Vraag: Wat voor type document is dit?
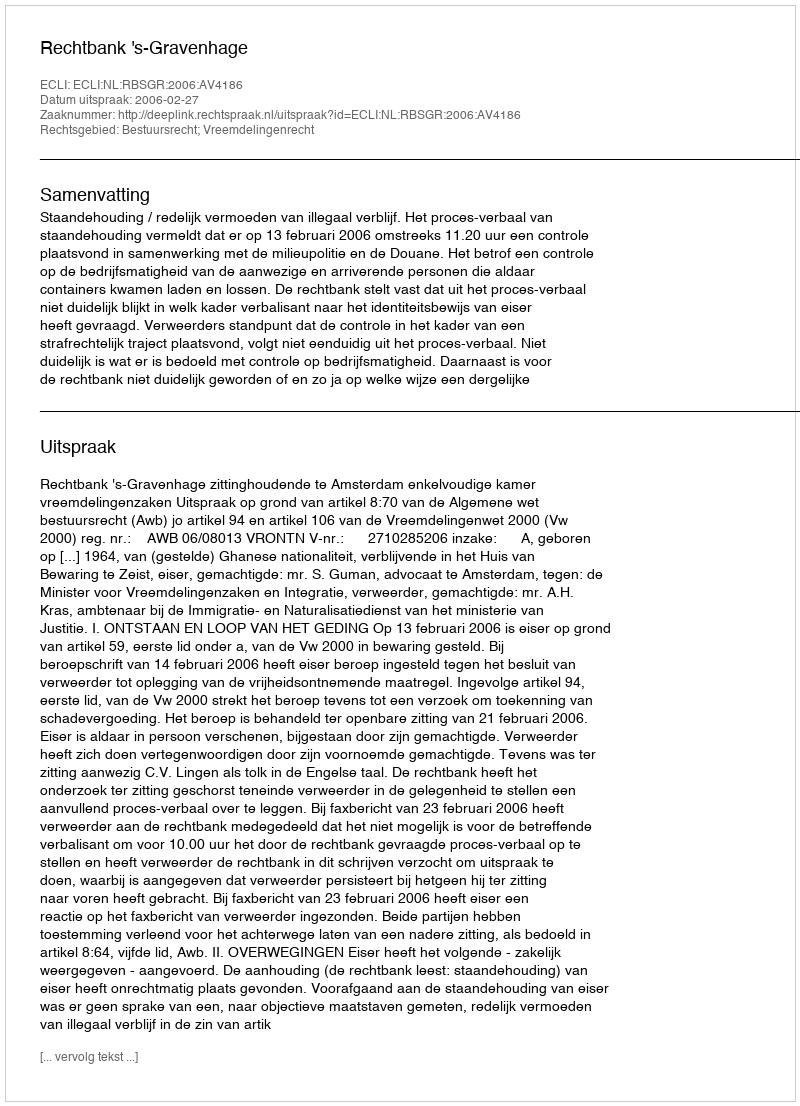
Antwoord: Uitspraak